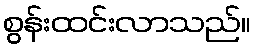
စွန်းထင်းလာသည်။